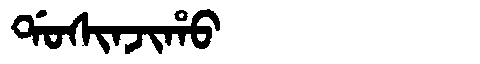
Manchu: ᡩᠣᠰᡳᠨᠵᡳᡥᠣ
Romanization: DOSINJIHO